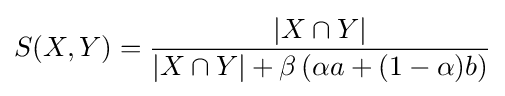
S(X,Y)={\frac {|X\cap Y|}{|X\cap Y|+\beta \left(\alpha a+(1-\alpha )b\right)}}